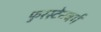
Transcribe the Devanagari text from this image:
फुरस्टेनबर्ग